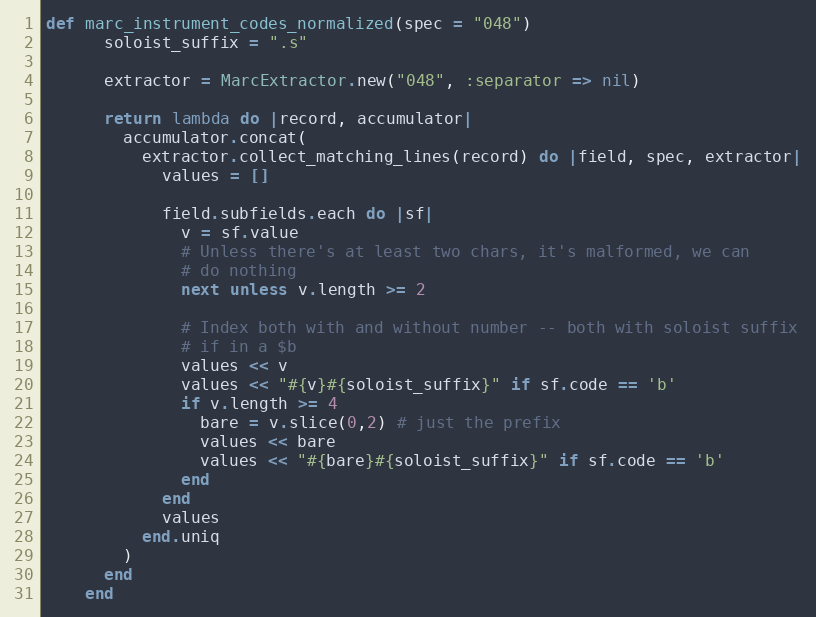
Language: Ruby
def marc_instrument_codes_normalized(spec = "048")
      soloist_suffix = ".s"

      extractor = MarcExtractor.new("048", :separator => nil)

      return lambda do |record, accumulator|
        accumulator.concat(
          extractor.collect_matching_lines(record) do |field, spec, extractor|
            values = []

            field.subfields.each do |sf|
              v = sf.value
              # Unless there's at least two chars, it's malformed, we can
              # do nothing
              next unless v.length >= 2

              # Index both with and without number -- both with soloist suffix
              # if in a $b
              values << v
              values << "#{v}#{soloist_suffix}" if sf.code == 'b'
              if v.length >= 4
                bare = v.slice(0,2) # just the prefix
                values << bare
                values << "#{bare}#{soloist_suffix}" if sf.code == 'b'
              end
            end
            values
          end.uniq
        )
      end
    end